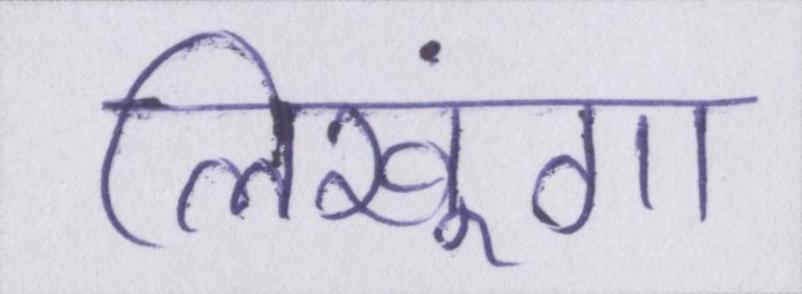
लिखूंगा